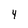
Character: 4